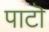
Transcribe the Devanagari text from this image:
पाटॊ